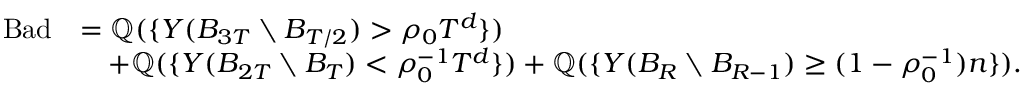
\begin{array} { r l } { \mathrm { B a d } } & { = \mathbb Q ( \{ Y ( B _ { 3 T } \setminus B _ { T / 2 } ) > \rho _ { 0 } T ^ { d } \} ) } \\ & { \quad + \mathbb Q ( \{ Y ( B _ { 2 T } \setminus B _ { T } ) < \rho _ { 0 } ^ { - 1 } T ^ { d } \} ) + \mathbb Q ( \{ Y ( B _ { R } \setminus B _ { R - 1 } ) \geq ( 1 - \rho _ { 0 } ^ { - 1 } ) n \} ) . } \end{array}